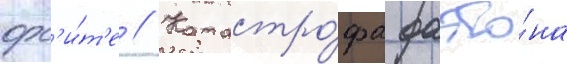
орб'и́т'е // Катастро́фа фаэто́на